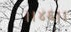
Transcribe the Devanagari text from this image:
।।४६।।